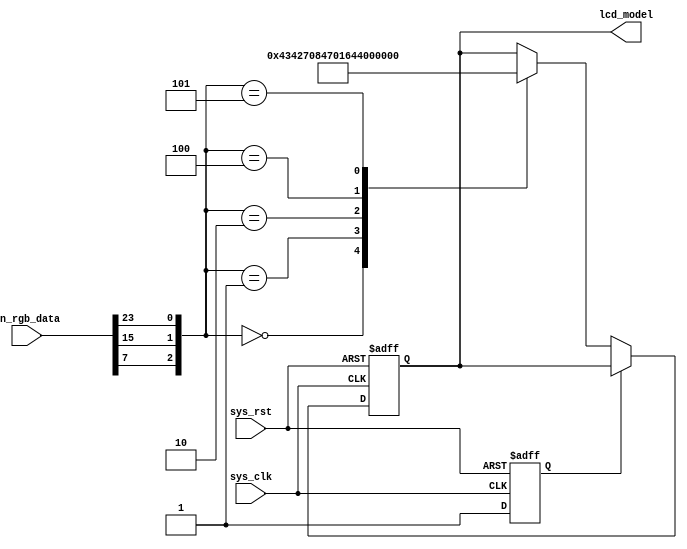
`timescale 1ns / 1ps
//////////////////////////////////////////////////////////////////////////////////
// Company:
// Engineer:
//
// Design Name:
// Module Name: lcd_id_receive
// Project Name:
// Target Devices:
// Tool Versions:
// Description:
//
// Dependencies:
//
// Revision:
// Revision 0.01 - File Created
// Additional Comments:
//
//////////////////////////////////////////////////////////////////////////////////


module lcd_id_receive(input sys_clk,
                      input sys_rst,
                      input [23:0] in_rgb_data,
                      output reg [15:0] lcd_model);
    reg is_received;
    always @(posedge sys_clk or negedge sys_rst) begin
        if (!sys_rst)begin
            lcd_model   <= 0;
            is_received <= 0;
        end
        else begin
            if (!is_received) begin
                is_received <= 1;
                case ({in_rgb_data[7],in_rgb_data[15],in_rgb_data[23]}) //M0:M2
                    3'b000: lcd_model <= 16'h4342;
                    3'b001: lcd_model <= 16'h7084;
                    3'b010: lcd_model <= 16'h7016;
                    3'b100: lcd_model <= 16'h4384;   //my lcd model
                    3'b101: lcd_model <= 16'h1018;
                endcase
            end
            
            
        end
    end
endmodule